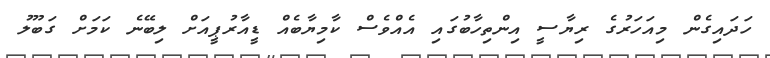
ހަދައިގެން މިއަހަރުގެ ރިޔާސީ އިންތިހާބުގައި އެއްވެސް ކާމިޔާބެއް ޑީއާރުޕީއަށް ލިބޭނެ ކަމަށް ގަބޫލު